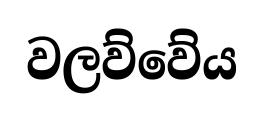
වලව්වේය